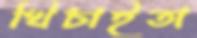
খিচাইতা